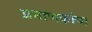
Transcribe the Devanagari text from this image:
प्रमाणकांचा